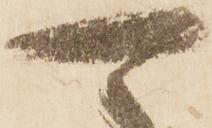
可